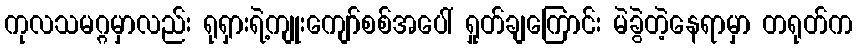
ကုလသမဂ္ဂမှာလည်း ရုရှားရဲ့ကျုးကျော်စစ်အပေါ် ရှုတ်ချကြောင်း မဲခွဲတဲ့နေရာမှာ တရုတ်က